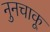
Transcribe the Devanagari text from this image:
नुनचाकू